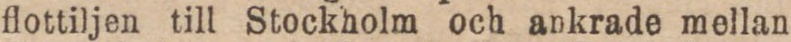
flottiljen till Stockholm och ankrade mellan